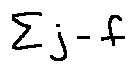
\sum j - f